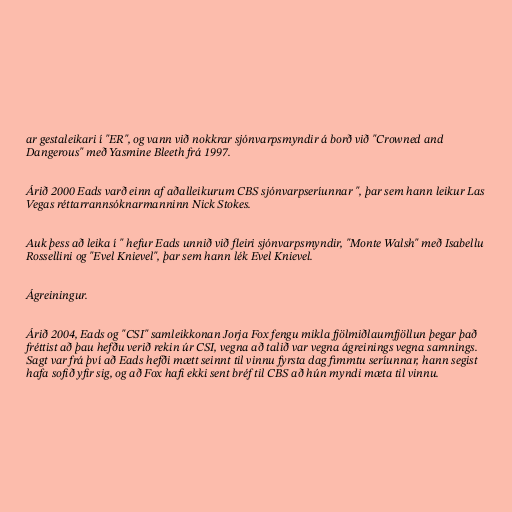
ar gestaleikari í "ER", og vann við nokkrar sjónvarpsmyndir á borð við "Crowned and
Dangerous" með Yasmine Bleeth frá 1997.

Árið 2000 Eads varð einn af aðalleikurum CBS sjónvarpseríunnar ", þar sem hann leikur Las
Vegas réttarrannsóknarmanninn Nick Stokes.

Auk þess að leika í " hefur Eads unnið við fleiri sjónvarpsmyndir, "Monte Walsh" með Isabellu
Rossellini og "Evel Knievel", þar sem hann lék Evel Knievel.

Ágreiningur.

Árið 2004, Eads og "CSI" samleikkonan Jorja Fox fengu mikla fjölmiðlaumfjöllun þegar það
fréttist að þau hefðu verið rekin úr CSI, vegna að talið var vegna ágreinings vegna samnings.
Sagt var frá því að Eads hefði mætt seinnt til vinnu fyrsta dag fimmtu seríunnar, hann segist
hafa sofið yfir sig, og að Fox hafi ekki sent bréf til CBS að hún myndi mæta til vinnu.